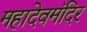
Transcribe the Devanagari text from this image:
महादेवमंदिर